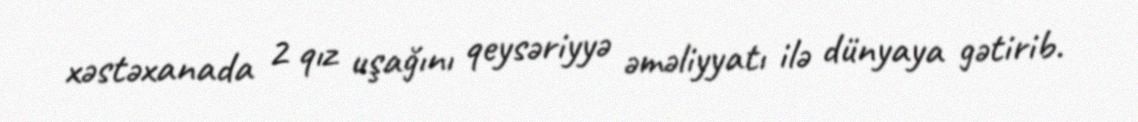
xəstəxanada 2 qız uşağını qeysəriyyə əməliyyatı ilə dünyaya gətirib.